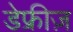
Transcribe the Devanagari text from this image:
डेफ्रीज़